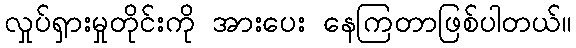
လှုပ်ရှားမှုတိုင်းကို အားပေး နေကြတာဖြစ်ပါတယ်။